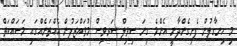
މި ހިނގާލުން ފެށިގެންދާނީ އެންމެ ގިނަ ސިވިލް ސަރވިސް މުވައްޒަފުން އެއްތަނެއްގައި މަސައްކަތް